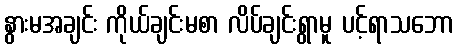
နွားမအချင်း ကိုယ်ချင်းမစာ လိပ်ချင်းရွာမူ ပင့်ရာသဘော